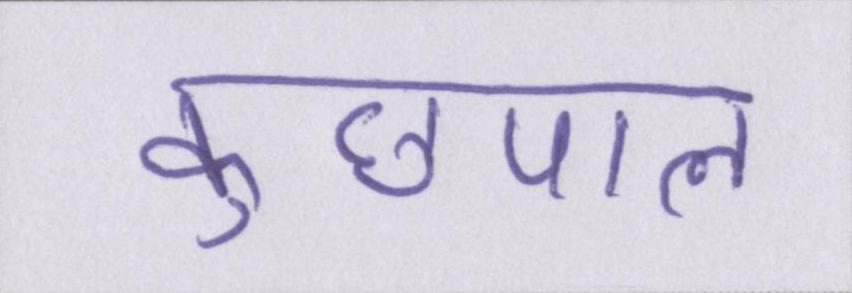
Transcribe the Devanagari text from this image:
कुछपल